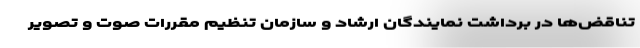
تناقض‌ها در برداشت نمایندگان ارشاد و سازمان تنظیم مقررات صوت و تصویر